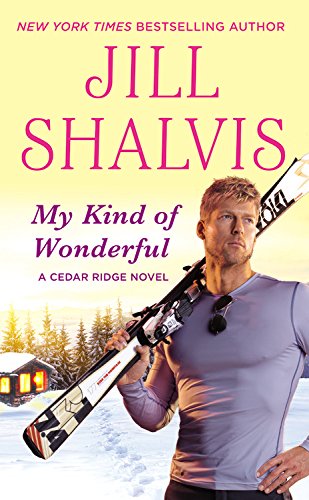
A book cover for My Kind of Wonderful (Cedar Ridge); Jill Shalvis; Romance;